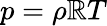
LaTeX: p=\rho\mathbb{R}T